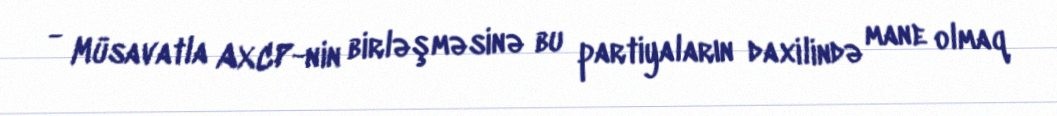
- Müsavatla AXCP-nin birləşməsinə bu partiyaların daxilində mane olmaq